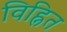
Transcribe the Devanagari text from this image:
विह्नित